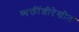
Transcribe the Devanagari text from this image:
व्यक्तींशीदेखील